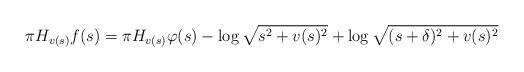
LaTeX: \begin{align*}\pi H_{v(s)}f(s)&=\pi H_{v(s)}\varphi(s)-\log\sqrt{s^2+v(s)^2}+\log\sqrt{(s+\delta)^2+v(s)^2}\end{align*}